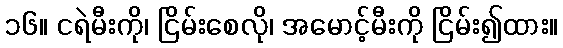
၁၆။ ငရဲမီးကို၊ ငြိမ်းစေလို၊ အမောင့်မီးကို ငြိမ်း၍ထား။